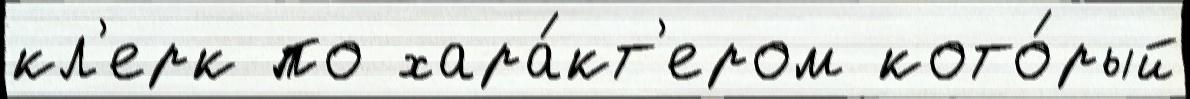
кл'ерк по хара́кт'ером кото́рый